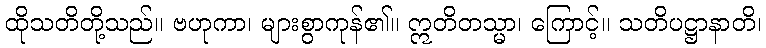
ထိုသတိတို့သည်။ ဗဟုကာ၊ များစွာကုန်၏။ ဣတိတသ္မာ၊ ကြောင့်။ သတိပဋ္ဌာနာတိ၊